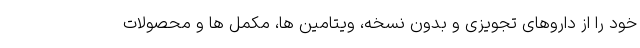
خود را از داروهای تجویزی و بدون نسخه، ویتامین ها، مکمل ها و محصولات